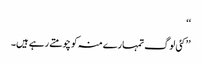
‘‘
’’کئی لوگ تمہارے منہ کو چومتے رہے ہیں۔